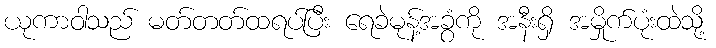
ယုကာဝါသည် မတ်တတ်ထရပ်ပြီး ရေခဲမုန့်အခွံကို အနီးရှိ အမှိုက်ပုံးထဲသို့